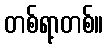
တစ်ရာ့တစ်။